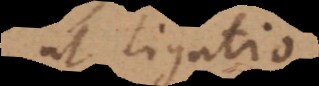
ut ligatio,